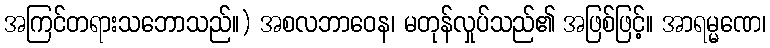
အကြင်တရားသဘောသည်။) အစလဘာဝေန၊ မတုန်လှုပ်သည်၏ အဖြစ်ဖြင့်။ အာရမ္မဏေ၊